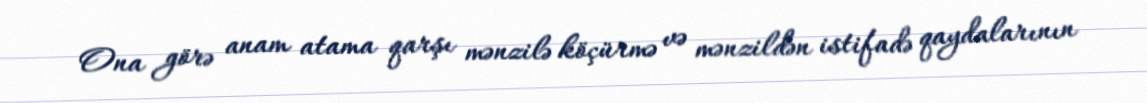
Ona görə anam atama qarşı mənzilə köçürmə və mənzildən istifadə qaydalarının